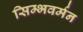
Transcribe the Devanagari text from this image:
सिम्भवर्मन